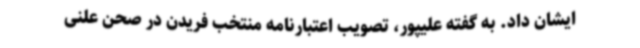
ایشان داد. به گفته علیپور، تصویب اعتبارنامه منتخب فریدن در صحن علنی